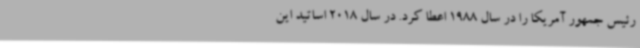
رئیس جمهور آمریکا را در سال 1988 اعطا کرد. در سال 2018 اساتید این